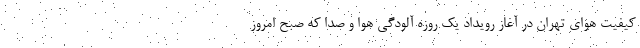
کیفیت هوای تهران در آغاز رویداد یک روزه آلودگی هوا و صدا که صبح امروز